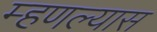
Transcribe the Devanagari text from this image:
म्हणल्यास